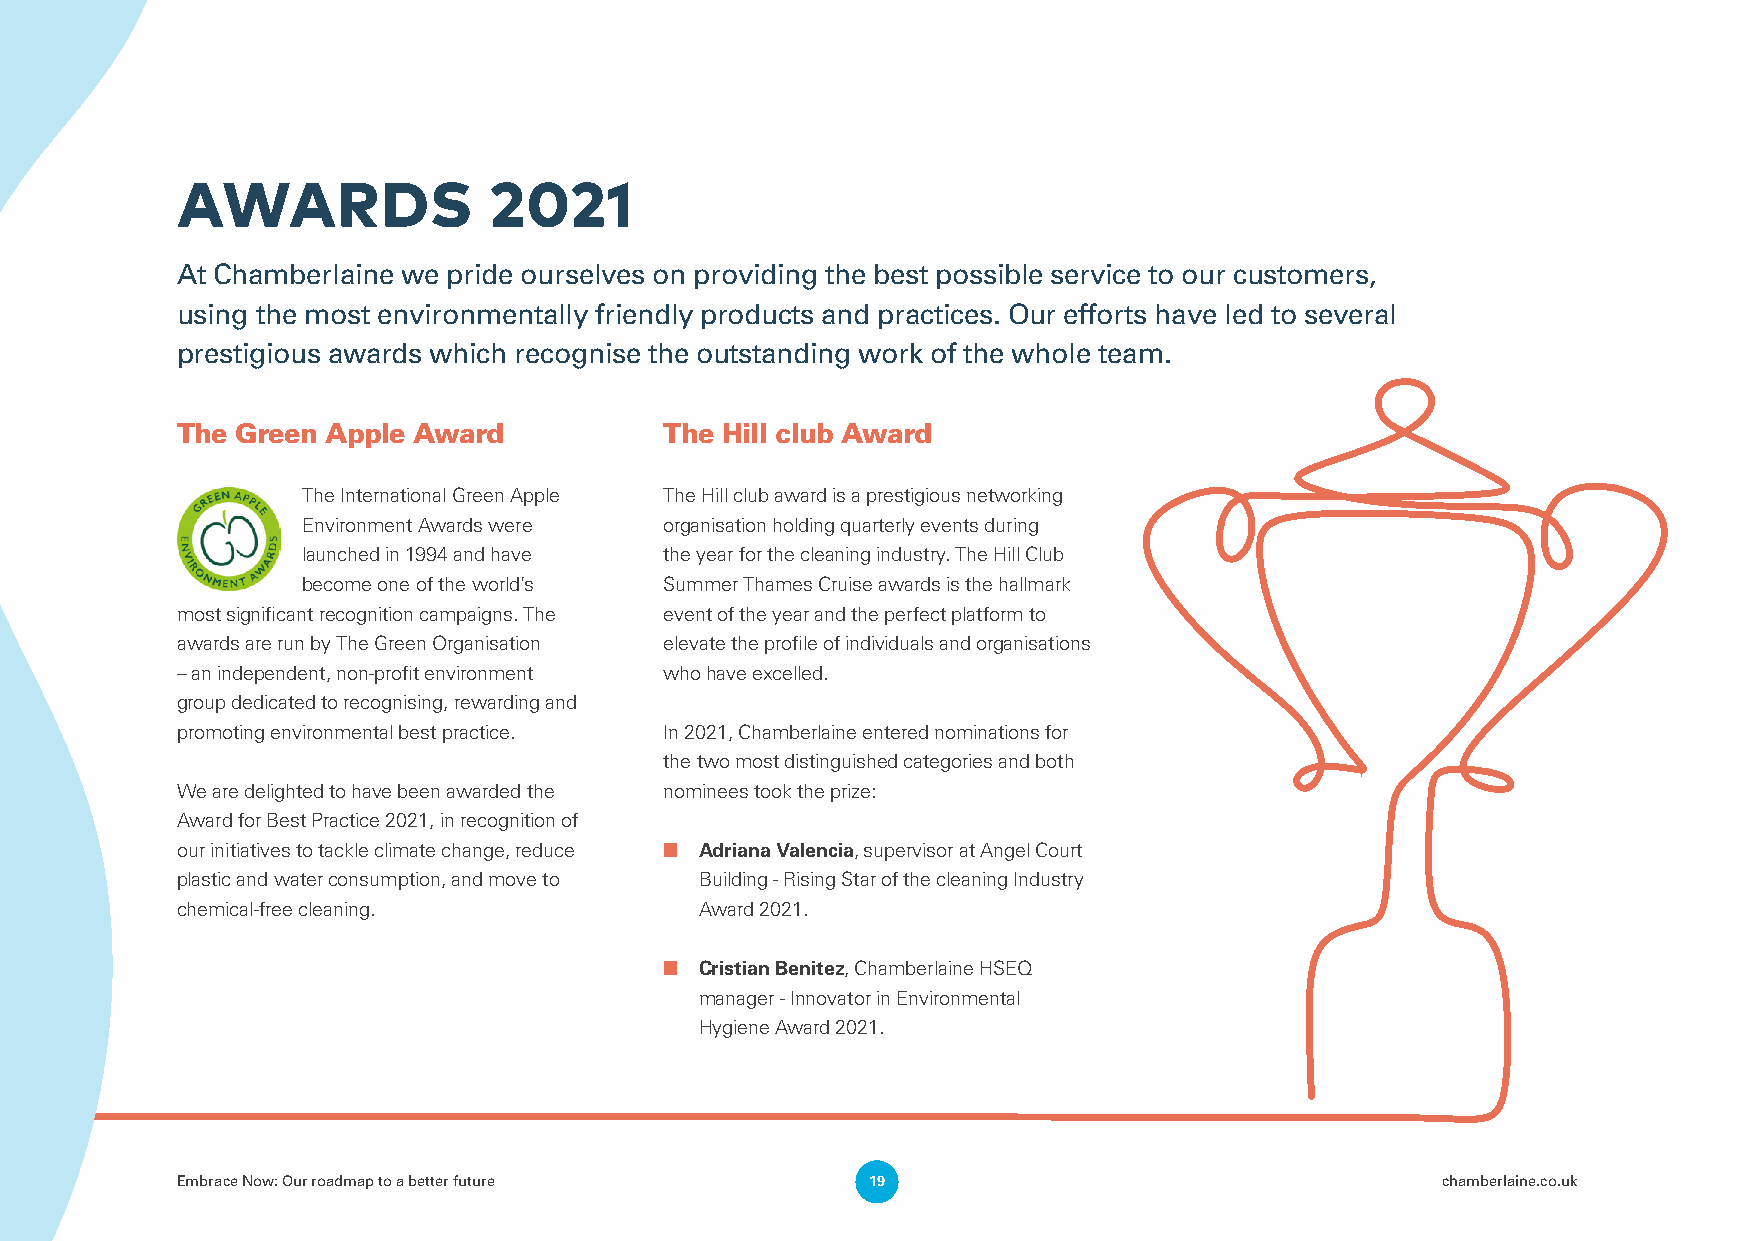
AWARDS              2021
 At Chamberlaine we pride ourselves on providing the best possible service to our customers,
 using the most environmentally friendly products and practices. Our efforts have led to several
 prestigious awards which recognise the outstanding work of the whole team.
 The Green Apple Award           The Hill club Award
 The International Green Apple The Hill club award is a prestigious networking
 Environment Awards were organisation holding quarterly events during
 launched in 1994 and have the year for the cleaning industry. The Hill Club
 become one of the world’s Summer Thames Cruise awards is the hallmark
 most significant recognition campaigns. The event of the year and the perfect platform to
 awards are run by The Green Organisation elevate the profile of individuals and organisations
 – an independent, non-profit environment who have excelled.
 group dedicated to recognising, rewarding and
 promoting environmental best practice. In 2021, Chamberlaine entered nominations for
 the two most distinguished categories and both
 We are delighted to have been awarded the nominees took the prize:
 Award for Best Practice 2021, in recognition of
 our initiatives to tackle climate change, reduce ■ Adriana Valencia, supervisor at Angel Court
 plastic and water consumption, and move to Building - Rising Star of the cleaning Industry
 chemical-free cleaning.           Award 2021.
 ■ Cristian Benitez, Chamberlaine HSEQ
 manager - Innovator in Environmental
 Hygiene Award 2021.
 Embrace Now: Our roadmap to a better future   19                                   chamberlaine.co.uk